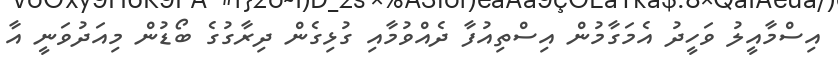
އިސްމާއީލު ވަހީދު އެމަގާމުން އިސްތިއުފާ ދެއްވުމާއި ގުޅިގެން ދިރާގުގެ ބޯޑުން މިއަދުވަނީ އާ